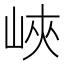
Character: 峽